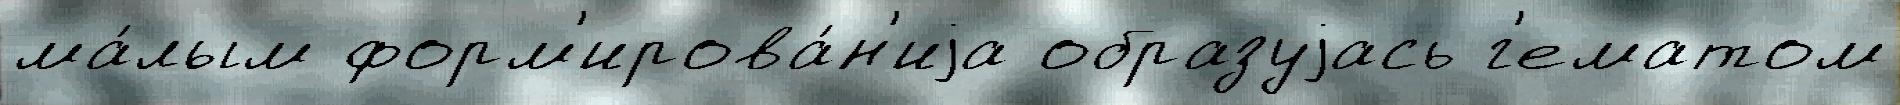
ма́лым форм'ирова́н'иjа образуjась г'ематом